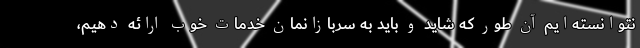
نتوانسته‌ایم آن طور که شاید و باید به سربازانمان خدمات خوب ارائه دهیم،